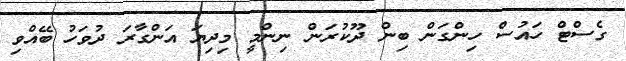
ގެސްޓް ހައުސް ހިންގަން ބިން ދޫކުރަން ނިންމީ މިދިޔަ އަންގާރަ ދުވަހު ބޭއްވި